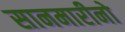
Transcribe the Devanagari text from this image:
सानमारीनो